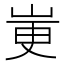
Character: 𫵼